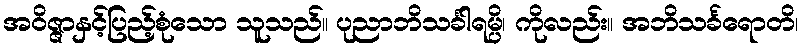
အဝိဇ္ဇာနှင့်ပြည့်စုံသော သူသည်။ ပုညာဘိသင်္ခါရမ္ပိ၊ ကိုလည်း။ အဘိသင်္ခရောတိ၊